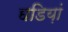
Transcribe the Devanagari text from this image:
घडिय़ां